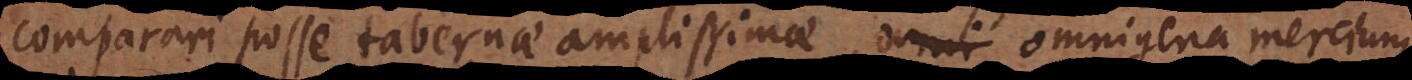
comparari posse tabernae amplissimae, omnigena mercium